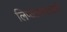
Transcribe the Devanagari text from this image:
लिप्यंतरणसाठी